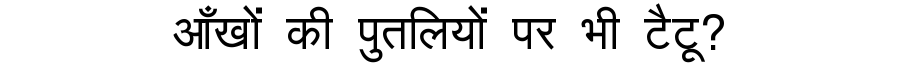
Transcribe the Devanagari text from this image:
आँखों की पुतलियों पर भी टैटू?